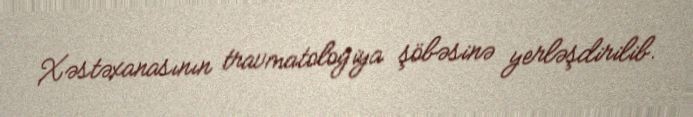
Xəstəxanasının travmatologiya şöbəsinə yerləşdirilib.